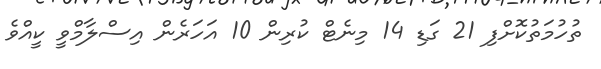
ތުހުމަތުކޮށްފި 21 ގަޑި 14 މިނެޓް ކުރިން 10 އަހަރެން އިސްލާމްވީ ކީއްވެ